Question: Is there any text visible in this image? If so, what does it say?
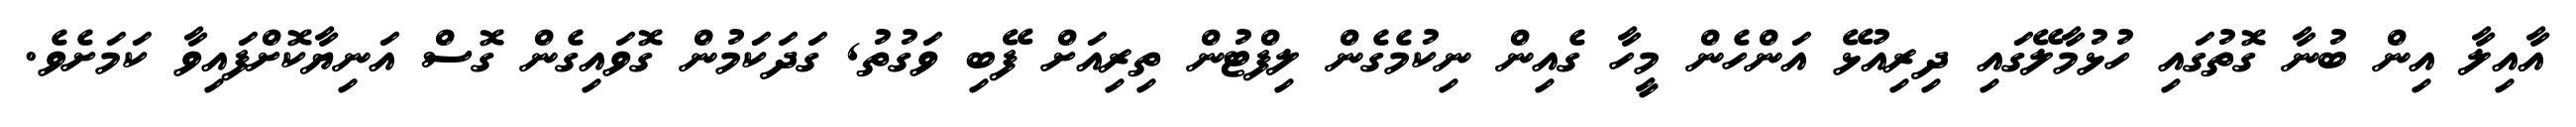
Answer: އާއިލާ އިން ބުނާ ގޮތުގައި ހުޅުމާލޭގައި ދިރިއުޅޭ އަންހެން މީހާ ގެއިން ނިކުމެގެން ލިފްޓުން ތިރިއަށް ފޭބި ވަގުތު, ގަދަކަމުން ގޮވައިގެން ގޮސް އަނިޔާކޮށްފައިވާ ކަމަށެވެ.